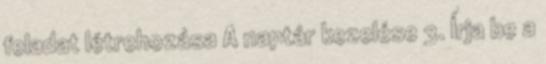
feladat létrehozása A naptár kezelése 3. Írja be a